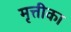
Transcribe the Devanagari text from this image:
मृत्तीका